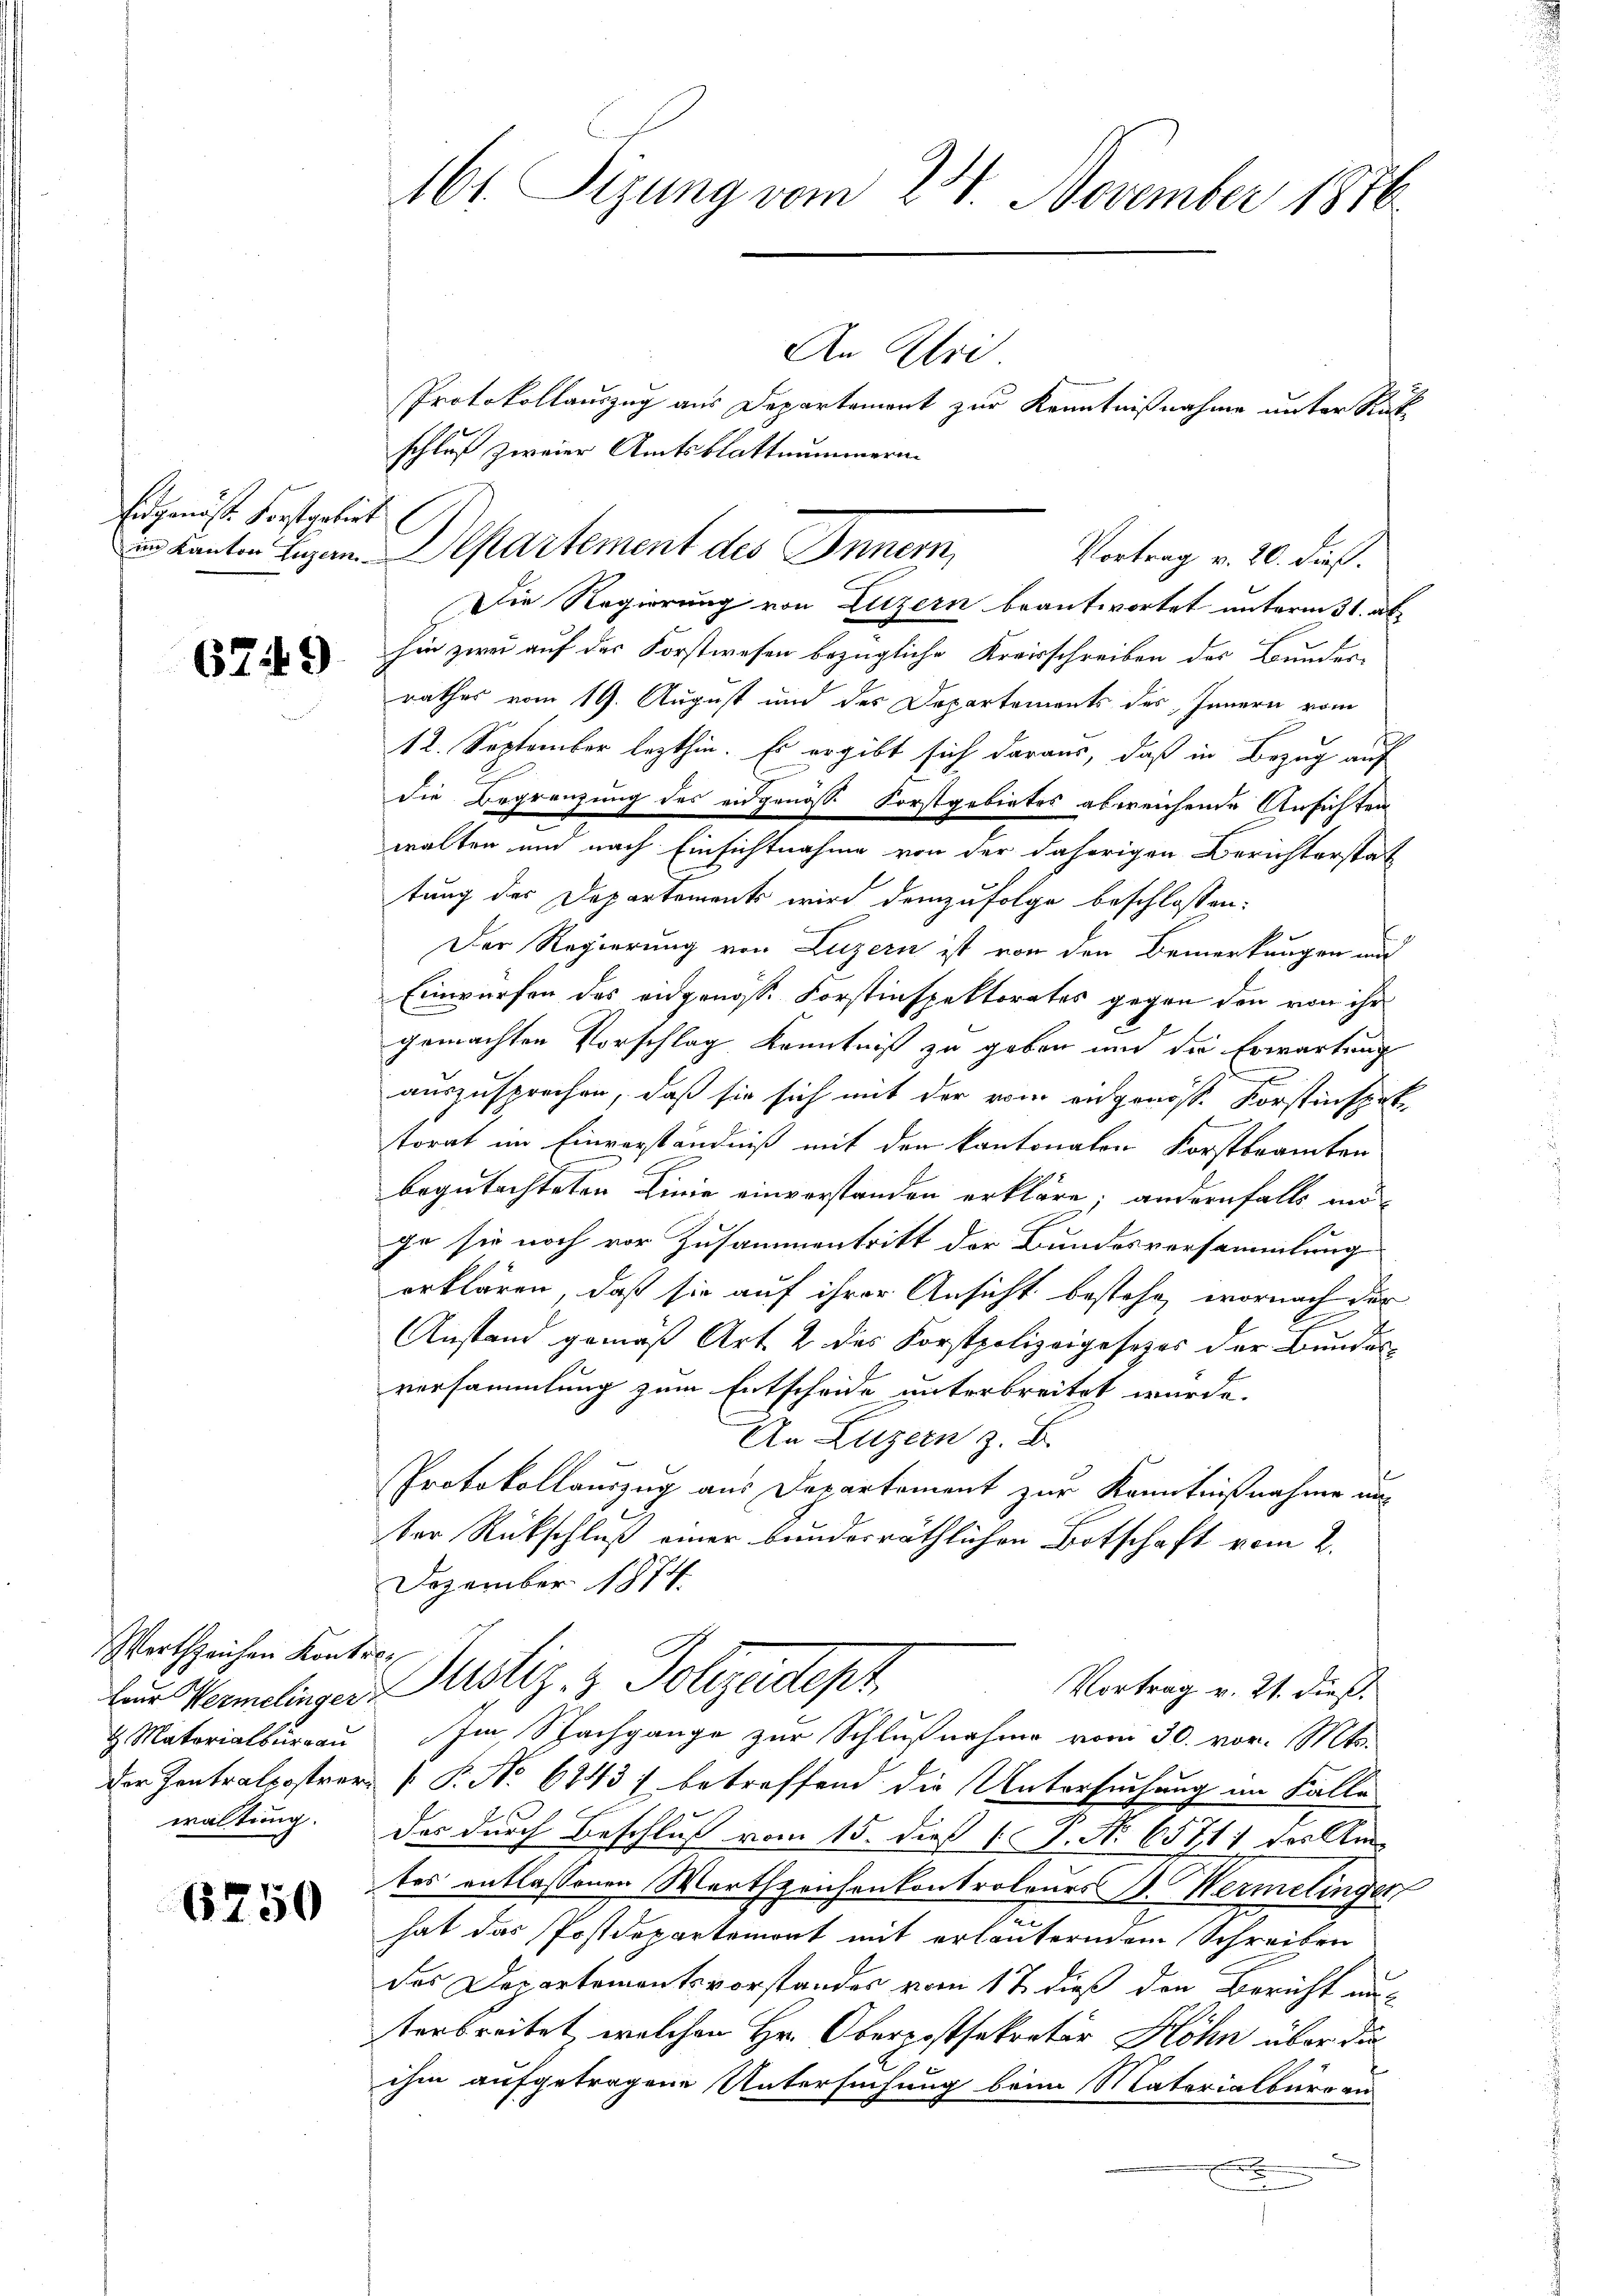
Eidgenösse Forstgebiet

679

Wertzeichen Kontre
H. Materialserrau
waltung.

6750

161. Sizung vom 24. November 1876

in kanton Eigen. Departement des Innern,

An Uri
Protokollauszug aus Departament zur Kenntnißnahme unter Rück
schluß zweier Amtsblattnummern
Die Regierung von Luzern beantwortet unterm 31. ab
hin zwei auf der Forstwesen bezügliche Kreisschreiben des Bunder
rathes vom 19. August und des Departements des Innern vom
12. September lezthin. Es ergibt sich daraus, daß in Bezug auf
die Begrenzung des eidgenosse Forstgebietes abweichende Ansichten
walten und nach Einsichtnahme von der daherigen Berichterstat
tung des Departements wird demzufolge beschlossen:
Der Regierung von Luzern ist von den Bemerkungen und
Einwürfen des eidgenosse Forstinspektorates gegen den von ihr
gemachten Vorschlag Kenntniß zu geben und die Erwartung
auszusprechen, daß sie sich mit der vom eidgenosse Forstinspet
torat im Einverständniß mit den kantonaten Forstbeamten
begutachteten Linie einverstanden erkläre; andernfalls mö
ge sie noch vor Zusammentritt der Bundesversammlung
erklären, daß sie auf ihrer Ansicht bestehe, wornach der
Anstand gemäß Art. 2 des Forstpolizeigesezes der Bundes
versammlung zum Entscheide unterbreitet wurde.
An Luzern z. B.
Protokollauszug aus Departement zur Kenntnißnahme und
ter Rückschluß einer bundesräthlichen Botschaft vom 2.
Dezember 1874
Vortrag v. 21. dieß
ber Vermelingen Motiz & Polizeidept,
Im Nachgange zur Schlußnahme vom 30. vor. Mts.
der Zentralpostrer [ P. No 61437 betreffend die Untersuchung im Falle
Das durch Beschluß vom 15. dieß P. Nr. 65711 des Am
tes entlassenen Wartszeichenkontrolones B. Hermelinger
hat das Postdepartemont mit erläuternem Schreiben
des Departementsvorstandes vom 17. dieß den Bericht unterbreitet, welchen Hr. Oberpostsekretär Höhn über die
ihm aufgetragene Untersuchung beim Materialburg an
s
u

Vortrag v. 20. dieß.